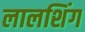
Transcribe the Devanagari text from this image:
लालशिंग